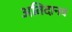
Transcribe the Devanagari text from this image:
अतिदानव